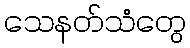
သေနတ်သံတွေ